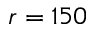
r = 1 5 0